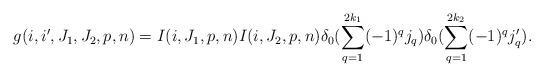
LaTeX: \begin{align*}g(i,i^\prime,J_1,J_2,p,n)= I(i,J_{1},p,n)I(i,J_{2},p,n) \delta_{0} (\sum_{q=1}^{2k_1}(-1)^{q} j_{q}) \delta_{0} (\sum_{q=1}^{2k_2}(-1)^{q} j_{q}^\prime).\end{align*}